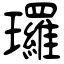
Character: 㼈